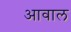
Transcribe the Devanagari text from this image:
आवाल